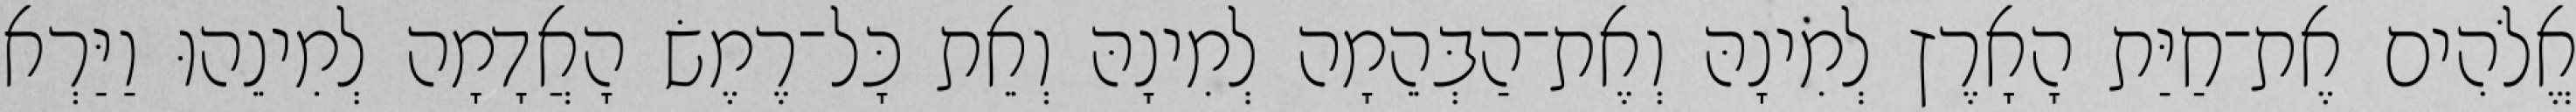
אֱלֹהִים אֶת־חַיַּת הָאָרֶץ לְמִינָהּ וְאֶת־הַבְּהֵמָה לְמִינָהּ וְאֵת כָּל־רֶמֶשׂ הָאֲדָמָה לְמִינֵהוּ וַיַּרְא